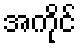
အကိုင်